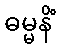
ဓမ္မနိံ